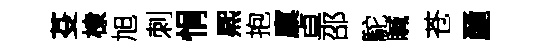
芟棣旭刺悁熈抱廩卓邵駝贓苍䴡